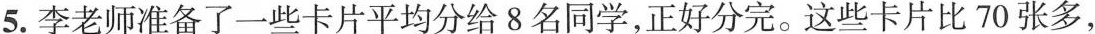
5.李老师准备了一些卡片平均分给8名同学，正好分完。这些卡片比70张多，